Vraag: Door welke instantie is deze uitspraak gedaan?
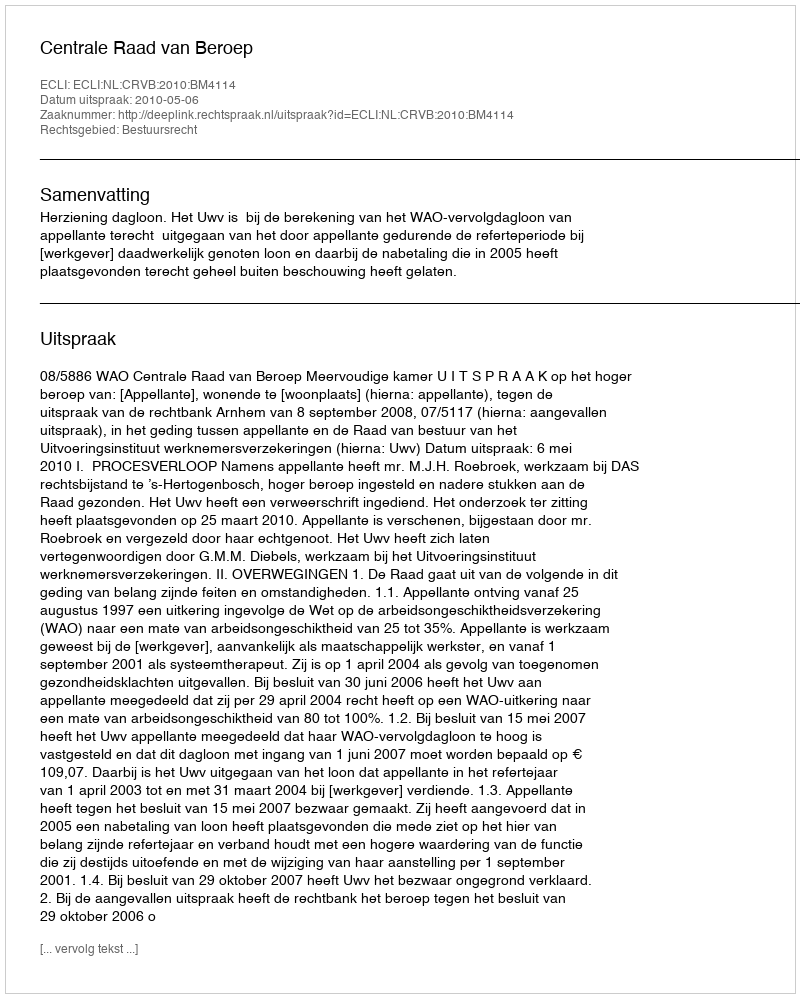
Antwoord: Centrale Raad van Beroep